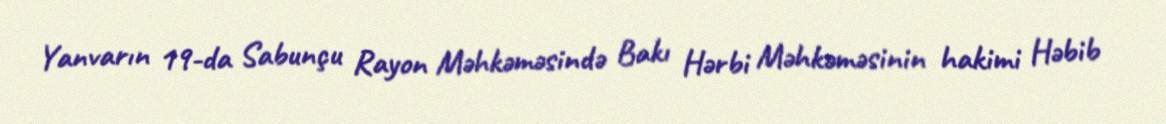
Yanvarın 19-da Sabunçu Rayon Məhkəməsində Bakı Hərbi Məhkəməsinin hakimi Həbib